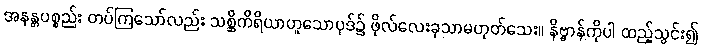
အနန္တပစ္စည်း တပ်ကြသော်လည်း သစ္ဆိကိရိယာဟူသောပုဒ်၌ ဖိုလ်လေးခုသာမဟုတ်သေး။ နိဗ္ဗာန်ကိုပါ ထည့်သွင်း၍